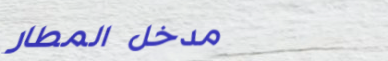
مدخل المطار